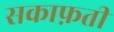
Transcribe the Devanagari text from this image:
सकाफ़ती